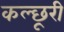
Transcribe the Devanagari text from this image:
कल्छूरी